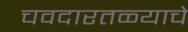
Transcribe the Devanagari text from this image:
चवदारतळ्याचे